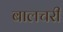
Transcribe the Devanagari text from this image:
बालचरी